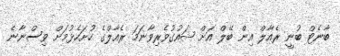
ބާނެޓް ބުނީ ރެއާލް އިން ބޭލް އަށް ޝައުގުވެރިވާނަމަ ރެއާލްގެ ހުށަހެޅުމަށް ވިސްނާނެ